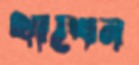
থাখেন